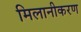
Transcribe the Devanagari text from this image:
मिलानीकरण